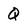
Character: Q